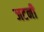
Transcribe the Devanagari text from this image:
जटनी